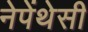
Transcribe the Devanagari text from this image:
नेपेंथेसी